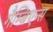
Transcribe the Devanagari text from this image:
गैम्बिएन्स